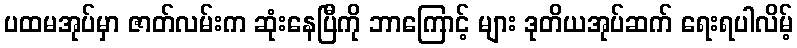
ပထမအုပ်မှာ ဇာတ်လမ်းက ဆုံးနေပြီကို ဘာကြောင့် များ ဒုတိယအုပ်ဆက် ရေးရပါလိမ့်